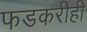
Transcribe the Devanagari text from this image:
फडकरीही